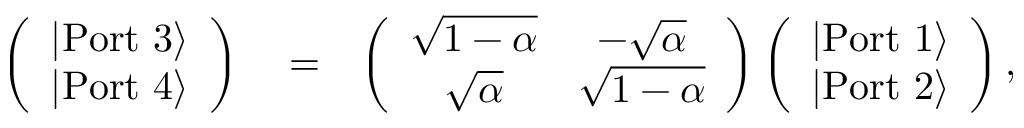
\begin{array} { r l r } { \left( \begin{array} { c } { | \mathrm { P o r t \ 3 } \rangle } \\ { | \mathrm { P o r t \ 4 } \rangle } \end{array} \right) } & { { } = } & { \left( \begin{array} { c c } { \sqrt { 1 - \alpha } } & { - \sqrt { \alpha } } \\ { \sqrt { \alpha } } & { \sqrt { 1 - \alpha } } \end{array} \right) \left( \begin{array} { c } { | \mathrm { P o r t \ 1 } \rangle } \\ { | \mathrm { P o r t \ 2 } \rangle } \end{array} \right) , } \end{array}